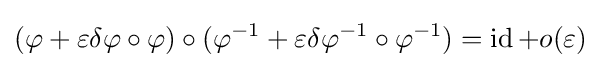
(\varphi +\varepsilon \delta \varphi \circ \varphi )\circ (\varphi ^{-1}+\varepsilon \delta \varphi ^{-1}\circ \varphi ^{-1})=\operatorname {id} +o(\varepsilon )